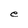
Character: e